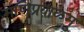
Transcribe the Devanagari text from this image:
मणिप्रवाळमु